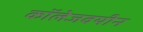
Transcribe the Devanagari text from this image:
कॉलेजवयीन